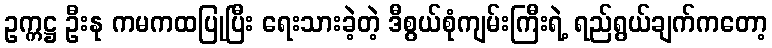
ဥက္ကဋ္ဌ ဦးနု ကမကထပြုပြီး ရေးသားခဲ့တဲ့ ဒီစွယ်စုံကျမ်းကြီးရဲ့ ရည်ရွယ်ချက်ကတော့